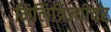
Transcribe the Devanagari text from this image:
मिलित्रिज्यीवर